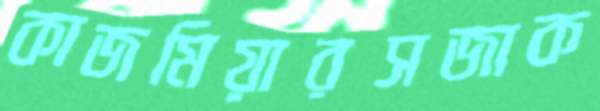
কাজমিয়ারসজাক